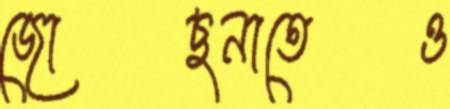
জোছনাতেও